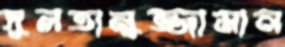
সুলতানুজ্জামান